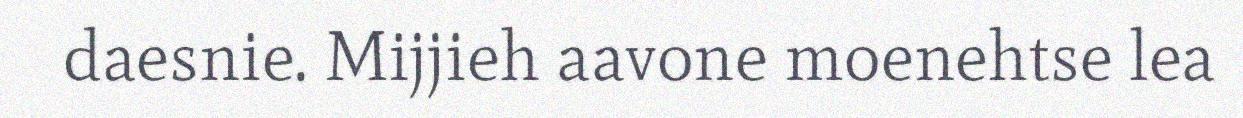
daesnie. Mijjieh aavone moenehtse lea